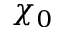
\chi _ { 0 }